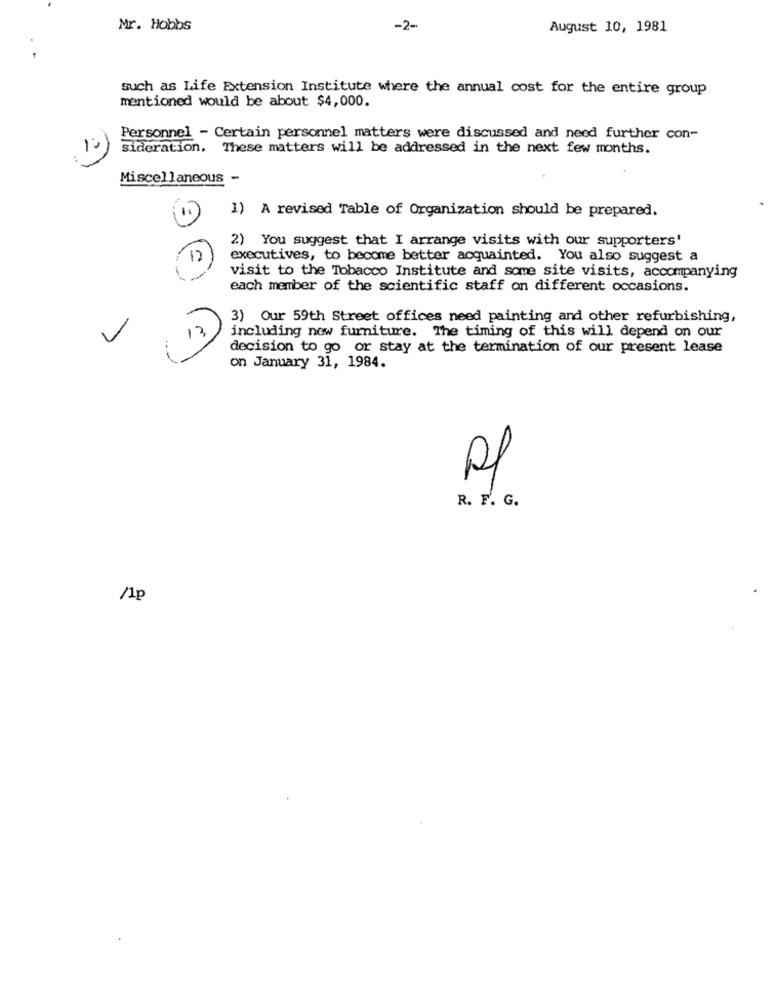
Mr. Hobbs
-2-
August 10, 1981
such as Life Extension Institute where the annual cost for the entire group
mentioned would be about $4,000.
Personnel - Certain personnel matters were discussed and need further con-
Sideration. These matters will be addressed in the next few months.
Miscellaneous -
1) A revised Table of Organization should be prepared.
2) You suggest that I arrange visits with our supporters'
12
executives, to become better acquainted. You also suggest a
visit to the Tobacco Institute and some site visits, accompanying
each member of the scientific staff on different occasions.
3) Our 59th Street offices need painting and other refurbishing,
including new furniture. The timing of this will depend on our
13
decision to go or stay at the termination of our present lease
on January 31, 1984.
R. F. G.
/1p